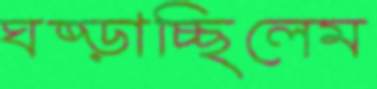
ঘষ্‌ড়াচ্ছিলেম